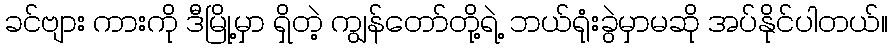
ခင်ဗျား ကားကို ဒီမြို့မှာ ရှိတဲ့ ကျွန်တော်တို့ရဲ့ ဘယ်ရုံးခွဲမှာမဆို အပ်နိုင်ပါတယ်။